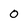
Character: 0